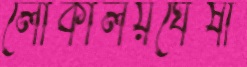
লোকালয়ঘেঁষা